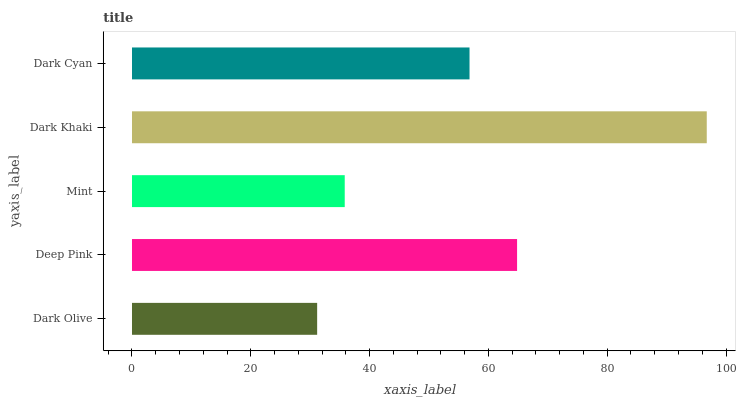
| yaxis_label | bars |
 | --- | --- |
 | Dark Olive | 31.2 |
 | Deep Pink | 64.8 |
 | Mint | 35.8 |
 | Dark Khaki | 96.8 |
 | Dark Cyan | 56.8 |